Report on horse surra - Volume II, Part I
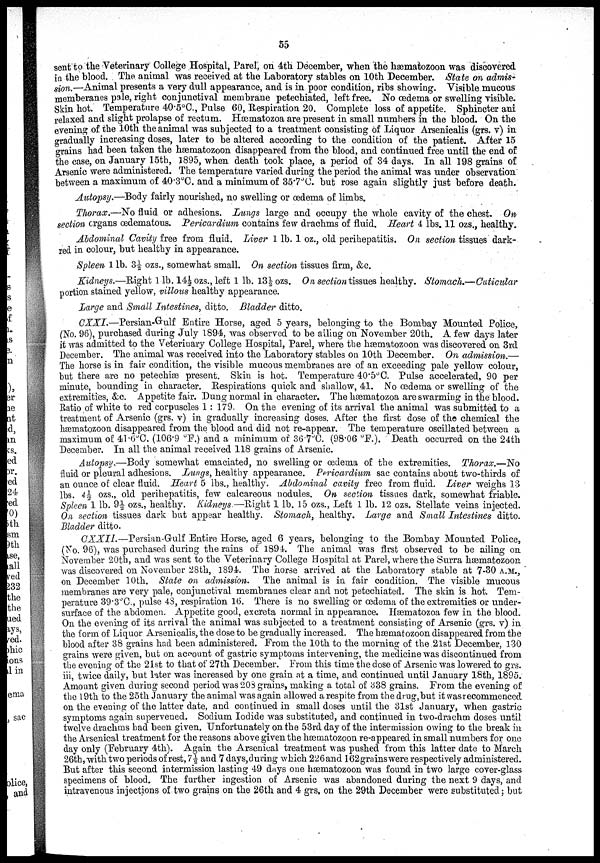
55
sent to the Veterinary College Hospital, Parel, on 4th December, when the hæmatozoon was discovered
in the blood. The animal was received at the Laboratory stables on 10th December. State on admis-
sion.—Animal presents a very dull appearance, and is in poor condition, ribs showing. Visible mucous
memberanes pale, right conjunctival membrane petechiated, left free. No œdema or swelling visible.
Skin hot. Temperature 40.5°C., Pulse 60, Respiration 20. Complete loss of appetite. Sphincter ani
relaxed and slight prolapse of rectum. Hæmatozoa are present in small numbers in the blood. On the
evening of the 10th the animal was subjected to a treatment consisting of Liquor Arsenicalis (grs. v) in
gradually increasing doses, later to be altered according to the condition of the patient. After 15
grains had been taken the hæmatozoon disappeared from the blood, and continued free until the end of
the case, on January 15th, 1895, when death took place, a period of 34 days. In all 198 grains of
Arsenic were administered. The temperature varied during the period the animal was under observation
between a maximum of 40.3°C. and a minimum of 35.7°C. but rose again slightly just before death.
Autopsy.—Body fairly nourished, no swelling or œdema of limbs.
Thorax.—No fluid or adhesions. Lungs large and occupy the whole cavity of the chest. On
section organs œdematous. Pericardium contains few drachms of fluid. Heart 4 lbs. 11 ozs., healthy.
Abdominal Cavity free from fluid. Liver 1 lb. 1 oz., old perihepatitis. On section tissues dark-
red in colour, but healthy in appearance.
Spleen 1 lb. 3½ ozs., somewhat small. On section tissues firm, &c.
Kidneys.—Right 1lb. 14½ ozs., left 1 lb. 13½ ozs. On section tissues healthy. Stomach.—Cuticular
portion stained yellow, villous healthy appearance.
Large and Small Intestines, ditto. Bladder ditto.
CXXI.—Persian-Gulf Entire Horse, aged 5 years, belonging to the Bombay Mounted Police,
(No. 96), purchased during July 1894, was observed to be ailing on November 20th. A few days later
it was admitted to the Veterinary College Hospital, Parel, where the hæmatozoon was discovered on 3rd
December. The animal was received into the Laboratory stables on 10th December. On admission.—
The horse is in fair condition, the visible mucous membranes are of an exceeding pale yellow colour,
but there are no petechiæ present. Skin is hot. Temperature 40.5°C. Pulse accelerated, 90 per
minute, bounding in character. Respirations quick and shallow, 41. No œdema or swelling of the
extremities, &c. Appetite fair. Dung normal in character. The hæmatozoa are swarming in the blood.
Ratio of white to red corpuscles 1 : 179. On the evening of its arrival the animal was submitted to a
treatment of Arsenic (grs. v) in gradually increasing doses. After the first dose of the chemical the
hæmatozoon disappeared from the blood and did not re-appear. The temperature oscillated between a
maximum of 41.6°C. (106.9 °F.) and a minimum of 36.7°C. (98.06.°F). Death occurred on the 24th
December. In all the animal received 118 grains of Arsenic.
Autopsy.—Body somewhat emaciated, no swelling or œdema of the extremities. Thorax.—No
fluid or pleural adhesions. Lungs, healthy appearance. Pericardium sac contains about two-thirds of
an ounce of clear fluid. Heart 5 lbs., healthy. Abdominal cavity free from fluid. Liver weighs 13
lbs. 4½ ozs., old perihepatitis, few calcareous nodules. On section tissues dark, somewhat friable.
Spleen 1 lb. 9½ ozs., healthy. Kidneys.—Right 1 lb. 15 ozs., Left 1 lb. 12 ozs. Stellate veins injected.
On section tissues dark but appear healthy. Stomach, healthy. Large and Small Intestines ditto.
Bladder ditto.
CXXII.—Persian-Gulf Entire Horse, aged 6 years, belonging to the Bombay Mounted Police,
(No. 96), was purchased during the rains of 1894. The animal was first observed to be ailing on
November 20th, and was sent to the Veterinary College Hospital at Parel, where the Surra hæmatozoon
was discovered on November 28th, 1894. The horse arrived at the Laboratory stable at 7-30 A.M.,
on December 10th. State on admission. The animal is in fair condition. The visible mucous
membranes are very pale, conjunctival membranes clear and not petechiated. The skin is hot. Tem-
perature 39.3°C., pulse 48, respiration 16. There is no swelling or œdema of the extremities or under-
surface of the abdomen. Appetite good, excreta normal in appearance. Hæmatozoa few in the blood.
On the evening of its arrival the animal was subjected to a treatment consisting of Arsenic (grs. v) in
the form of Liquor Arsenicalis, the dose to be gradually increased. The hæmatozoon disappeared from the
blood after 38 grains had been administered. From the 10th to the morning of the 21st December, 130
grains were given, but on account of gastric symptoms intervening, the medicine was discontinued from
the evening of the 21st to that of 27th December. From this time the dose of Arsenic was lowered to grs.
iii, twice daily, but later was increased by one grain at a time, and continued until January 18th, 1895.
Amount given during second period was 208 grains, making a total of 338 grains. From the evening of
the 19th to the 25th January the animal was again allowed a respite from the drug, but it was recommenced
on the evening of the latter date, and continued in small doses until the 31st January, when gastric
symptoms again supervened. Sodium Iodide was substituted, and continued in two-drachm doses until
twelve drachms had been given. Unfortunately on the 53rd day of the intermission owing to the break in
the Arsenical treatment for the reasons above given the hæmatozoon re-appeared in small numbers for one
day only (February 4th). Again the Arsenical treatment was pushed from this latter date to March
26th, with two periods of rest, 7½ and 7 days, during which 226 and 162 grains were respectively administered.
But after this second intermission lasting 49 days one hæmatozoon was found in two large cover-glass
specimens of blood. The further ingestion of Arsenic was abandoned during the next 9 days, and
intravenous injections of two grains on the 26th and 4 grs. on the 29th December were substituted; but